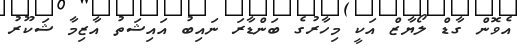
އެވޮން ގާޑް ލޯޔާޒް އަކީ މިހާރުގެ ބަންޑާރަ ނައިބު އައިޝަތު އާޒިމާ ޝަކޫރު